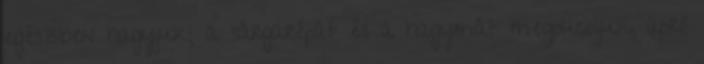
egészben hagyjuk; a sárgarépát és a hagymát megpucoljuk, apró